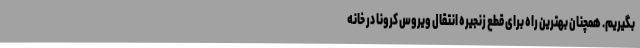
بگیریم. همچنان بهترین راه برای قطع زنجیره انتقال ویروس کرونا در خانه